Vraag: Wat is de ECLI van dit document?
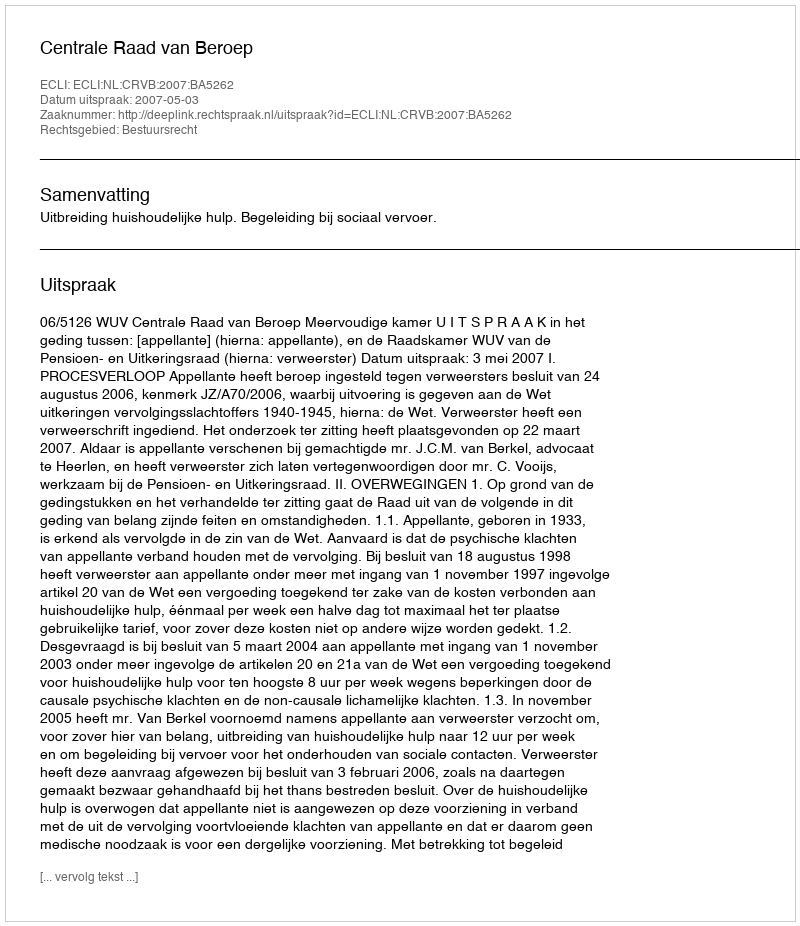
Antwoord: ECLI:NL:CRVB:2007:BA5262